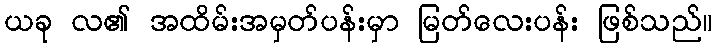
ယခု လ၏ အထိမ်းအမှတ်ပန်းမှာ မြတ်လေးပန်း ဖြစ်သည်။